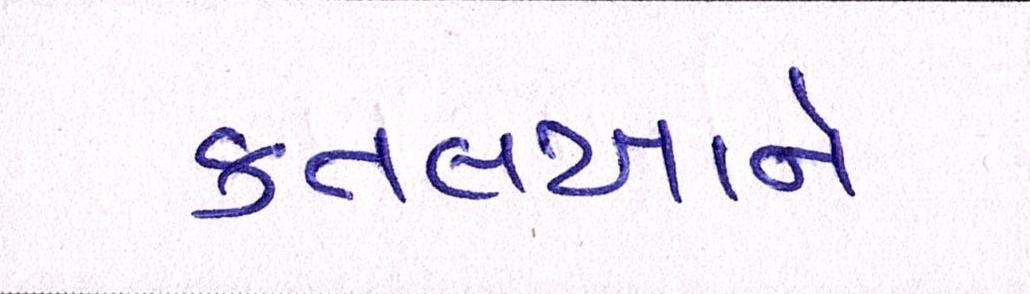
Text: કતલખાને